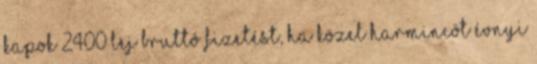
kapok 2400 lej bruttó fizetést, ha közel harmincöt évnyi